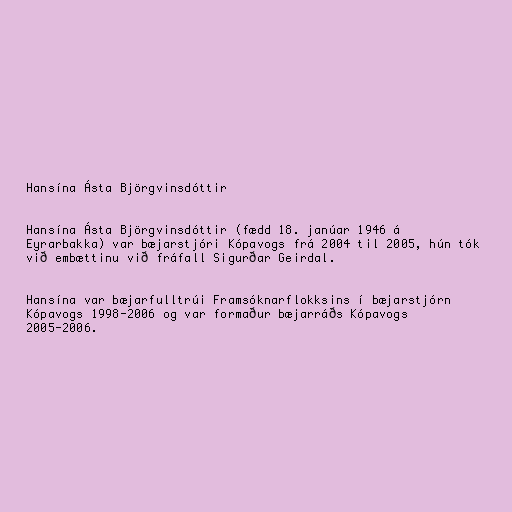
Hansína Ásta Björgvinsdóttir

Hansína Ásta Björgvinsdóttir (fædd 18. janúar 1946 á
Eyrarbakka) var bæjarstjóri Kópavogs frá 2004 til 2005, hún tók
við embættinu við fráfall Sigurðar Geirdal.

Hansína var bæjarfulltrúi Framsóknarflokksins í bæjarstjórn
Kópavogs 1998-2006 og var formaður bæjarráðs Kópavogs
2005-2006.